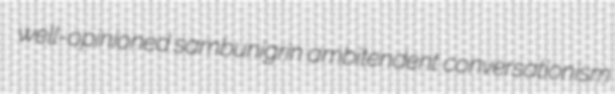
well-opinioned sambunigrin ambitendent conversationism